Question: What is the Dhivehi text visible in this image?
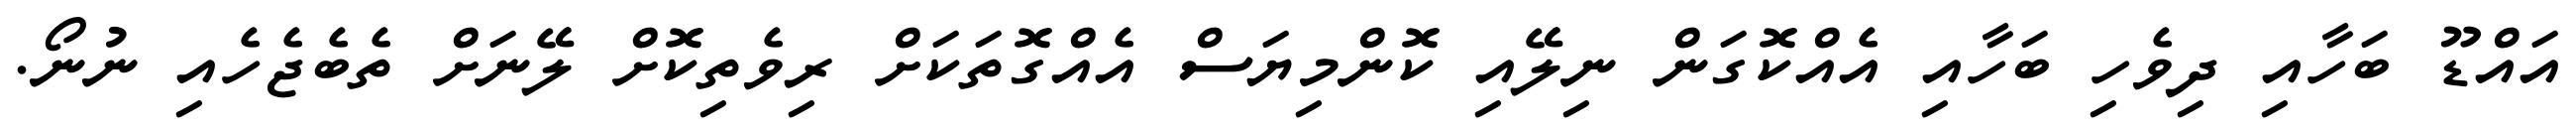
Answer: އައްޑޫ ބަހާއި ދިވެހި ބަހާއި އެއްކޮގަން ނިލޭއި ކޮންމިޔަސް އެއްގޮތަކަށް ރިވެތިކޮށް ލޭނަށް ތެބެޖެހެއި ނުނޯ.